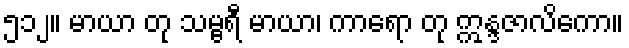
၅၁၂။ မာယာ တု သမ္ဗရီ မာယာ၊ ကာရော တု ဣန္ဒဇာလိကော။